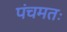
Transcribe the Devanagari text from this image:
पंचमतः